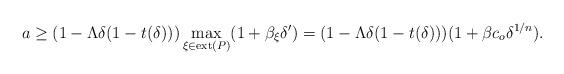
LaTeX: \begin{align*}a\geq (1-\Lambda\delta(1-t(\delta)))\max_{\xi\in\mathrm{ext}(P)}(1+\beta_{\xi}\delta')=(1-\Lambda\delta(1-t(\delta)))(1+\beta c_o\delta^{1/n}).\end{align*}